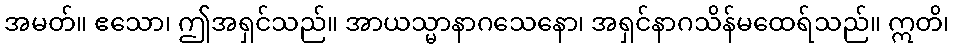
အမတ်။ ဧသော၊ ဤအရှင်သည်။ အာယသ္မာနာဂသေနော၊ အရှင်နာဂသိန်မထေရ်သည်။ ဣတိ၊